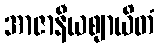
အာဇာနီယဈာယိတံ